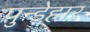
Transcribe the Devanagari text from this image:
पुन्ड़ेहार